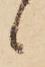
候